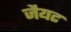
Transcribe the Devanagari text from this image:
जैयट